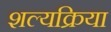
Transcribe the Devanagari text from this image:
शल्‍यक्रिया